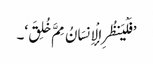
’فَلْیَنظُرِ الْإِنسَانُ مِمَّ خُلِقَ‘۔